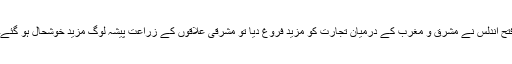
فتح اندلس نے مشرق و مغرب کے درمیان تجارت کو مزید فروغ دیا تو مشرقی علاقوں کے زراعت پیشہ لوگ مزید خوشحال ہو گئے۔